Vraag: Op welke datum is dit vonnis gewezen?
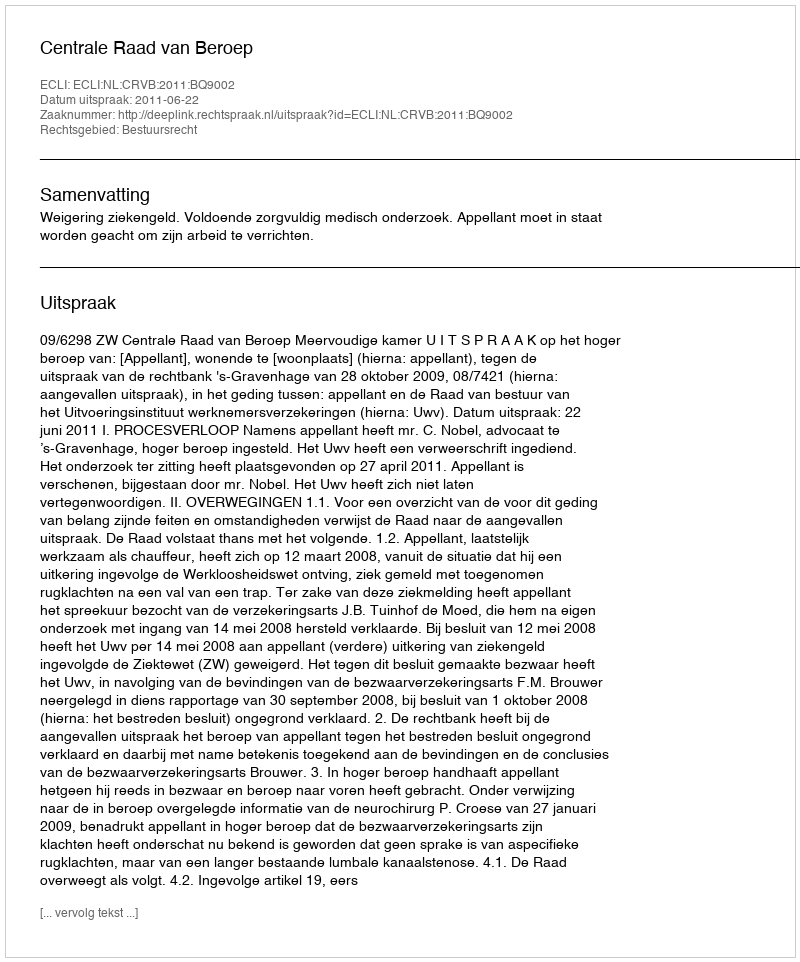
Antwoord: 2011-06-22